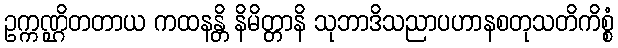
ဥက္ကဏ္ဌိတတာယ ကထနန္တိ နိမိတ္တာနိ သုဘာဒိသညာပဟာနစတုသတိကိစ္စံ